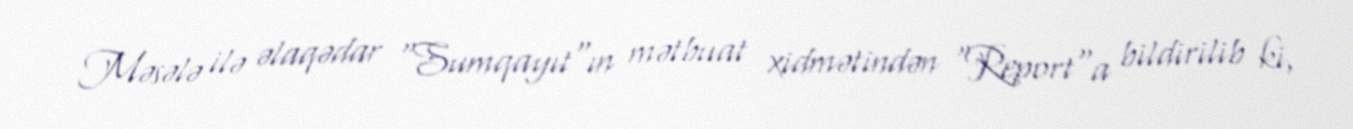
Məsələ ilə əlaqədar "Sumqayıt"ın mətbuat xidmətindən "Report"a bildirilib ki,